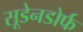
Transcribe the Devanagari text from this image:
सूडेनडोर्फ